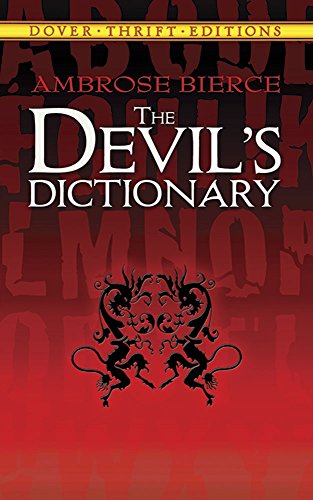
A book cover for The Devil's Dictionary (Dover Thrift Editions); Ambrose Bierce; Literature & Fiction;